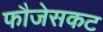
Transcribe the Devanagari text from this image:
फौजेसकट